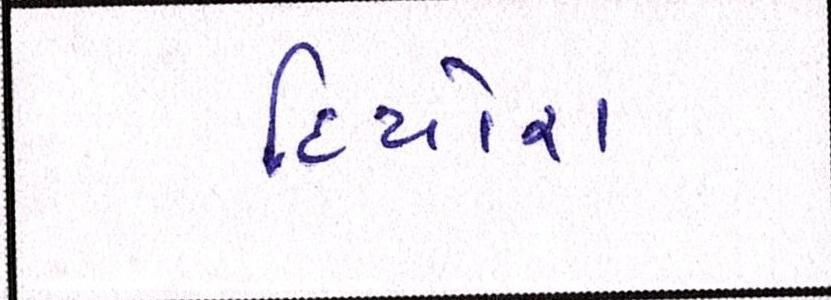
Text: દિયોરા